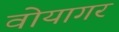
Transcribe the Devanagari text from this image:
वोयागर